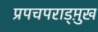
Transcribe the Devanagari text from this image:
प्रपचपराड्म़ुख